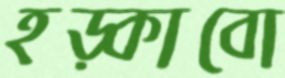
হড়্‌কাবো